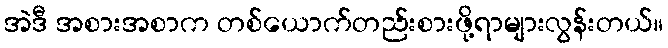
အဲဒီ အစားအစာက တစ်ယောက်တည်းစားဖို့ရာများလွန်းတယ်။